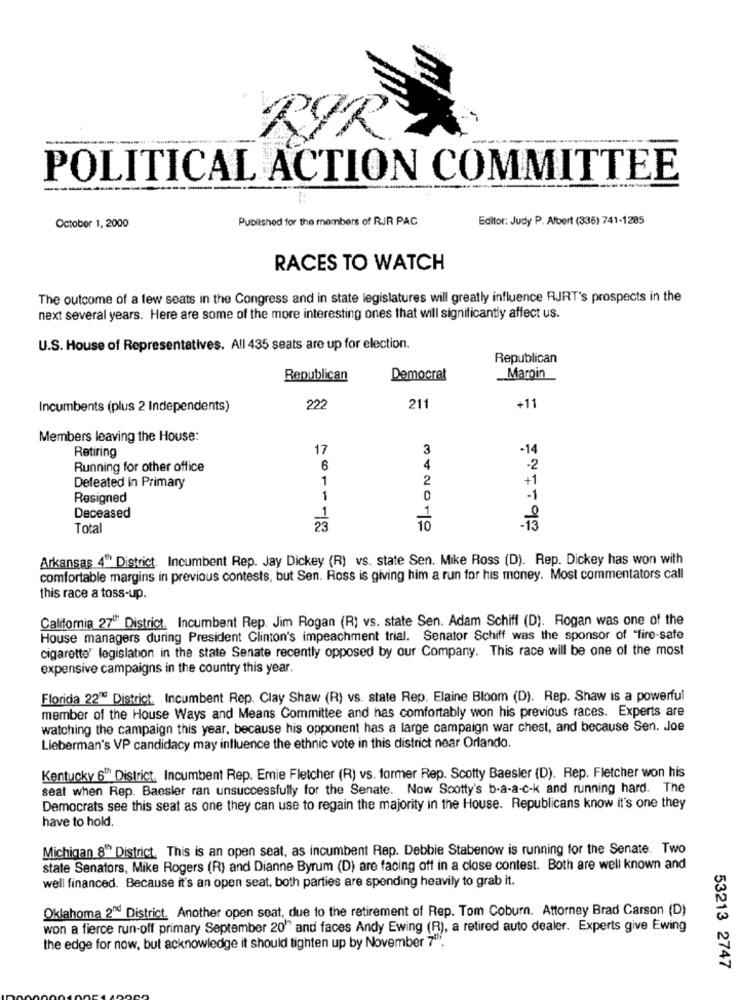
BIR
POLITICAL ACTION COMMITTEE
Published for the members of RJR PAC
Editor: Judy P. Albert (336) 741-1285
October 1, 2000
RACES TO WATCH
The outcome of a few seats in the Congress and in state legislatures will greatly influence RJRT's prospects in the
next several years. Here are some of the more interesting ones that will significantly affect us.
U.S. House of Representatives. All 435 seats are up for election.
Republican
Republican
Democrat
Maroin
Incumbents (plus 2 Independents)
22%
211
+11
Members leaving the House:
17
3
-14
Retiring
Running for other office
4
-2
1
2
+1
Defeated in Primary
Resigned
1
0
1
1
Deceased
Total
23
Arkansas 4" District. Incumbent Rep. Jay Dickey (R) vs. state Sen. Mike Ross (D). Rep. Dickey has won with
comfortable margins in previous contests, but Sen. Ross is giving him a run for his money. Most commentators call
this race a toss-up.
California 27" District. Incumbent Rep. Jim Rogan (R) vs. state Sen. Adam Schiff (D). Rogan was one of the
House managers during President Clinton's impeachment trial. Senator Schiff was the sponsor of "fire-safe
cigarette' legislation in the state Senate recently opposed by our Company. This race will be one of the most
expensive campaigns in the country this year.
Florida 22" District. Incumbent Rep. Clay Shaw (R) vs. state Rep. Elaine Bloom (D). Rep. Shaw is a powerful
member of the House Ways and Means Committee and has comfortably won his previous races. Experts are
watching the campaign this year, because his opponent has a large campaign war chest, and because Sen. Joe
Lieberman's VP candidacy may influence the ethnic vote in this district near Orlando.
Kentucky 6Th District. Incumbent Rep. Ernie Fletcher (R) vs. former Rep. Scotty Baesler (D). Rep. Fletcher won his
seat when Rep. Baesler ran unsuccessfully for the Senate. Now Scotty's b-a-a-c-k and running hard. The
Democrats see this seat as one they can use to regain the majority in the House. Republicans know it's one they
have to hold.
Michigan 8"" District, This is an open seat, as incumbent Rep. Debbie Stabenow is running for the Senate. Two
state Senators, Mike Rogers (R) and Dianne Byrum (D) are facing off in a close contest. Both are well known and
well financed. Because it's an open seat, both parties are spending heavily to grab it.
Oklahoma 2" District. Another open seat, due to the retirement of Rep. Tom Coburn. Attorney Brad Carson (D)
won a fierce run-off primary September 20" and faces Andy Ewing (R), a retired auto dealer. Experts give Ewing
the edge for now, but acknowledge it should tighten up by November 7".
53213 2747